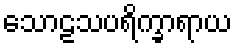
သောဠသပရိက္ခာရာယ